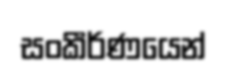
සංකීර්ණයෙන්